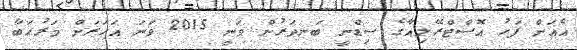
އެއަށް ފަހު އޮސްޓްރޭލިއާގެ ސިޑްނީ ބަނދަރުން ވަނީ 2015 ވަނަ އަހަރަށް މަރުހަބާ